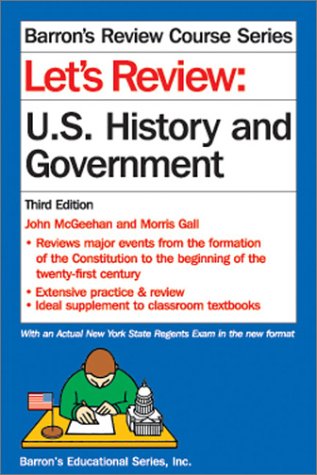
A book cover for Let's Review: U.S. History and Government (Let's Review Series); John McGeehan; Test Preparation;